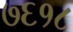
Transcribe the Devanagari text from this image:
७६१८